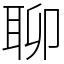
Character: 聊